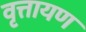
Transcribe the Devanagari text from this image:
वृत्तायण